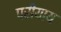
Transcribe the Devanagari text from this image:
परीयाय